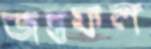
জন্তুফল